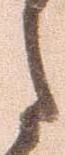
之